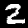
Label: 2